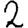
Digit: 2